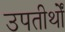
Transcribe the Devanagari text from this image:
उपतीर्थों